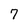
Character: 7